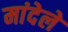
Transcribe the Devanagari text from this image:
मांदेले